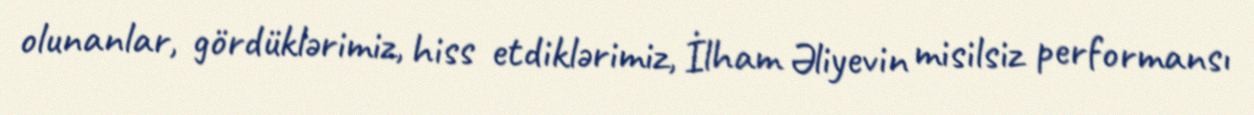
olunanlar, gördüklərimiz, hiss etdiklərimiz, İlham Əliyevin misilsiz performansı